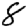
Digit: 8